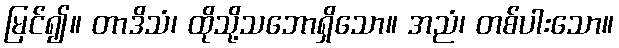
မြင်၍။ တာဒိသံ၊ ထိုသို့သဘောရှိသော။ အညံ၊ တစ်ပါးသော။